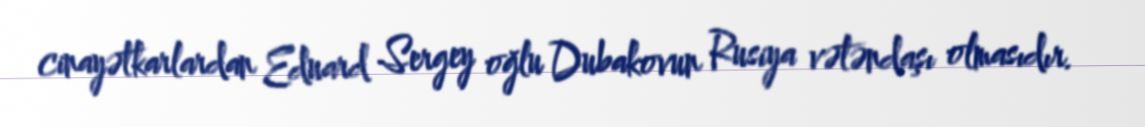
cinayətkarlardan Eduard Sergey oğlu Dubakovun Rusiya vətəndaşı olmasıdır.